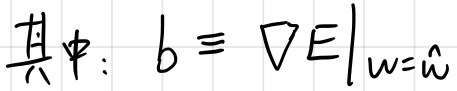
其中：$b \equiv \left.\nabla E\right|_{w = \hat{w}}$